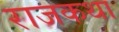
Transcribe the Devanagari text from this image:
राजकथा